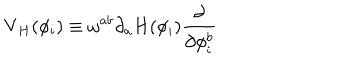
\mathrm { V } _ { H } ( \phi _ { i } ) \equiv \omega ^ { a b } \partial _ { a } H ( \phi _ { i } ) \frac { \partial } { \partial \phi _ { i } ^ { b } }